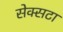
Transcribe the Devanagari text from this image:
सेक्सटा